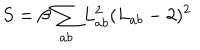
LaTeX: S = \beta \sum _ { a b } L _ { a b } ^ { 2 } ( L _ { a b } - 2 ) ^ { 2 }